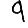
Digit: 9